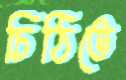
চিঠিতে